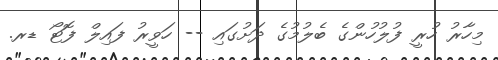
މިހާރު ހުރީ ފުލުހުންގެ ބެލުމުގެ ދަށުގައި -- ހަވީރު ފައިލް ފޮޓޯ ޑރ.